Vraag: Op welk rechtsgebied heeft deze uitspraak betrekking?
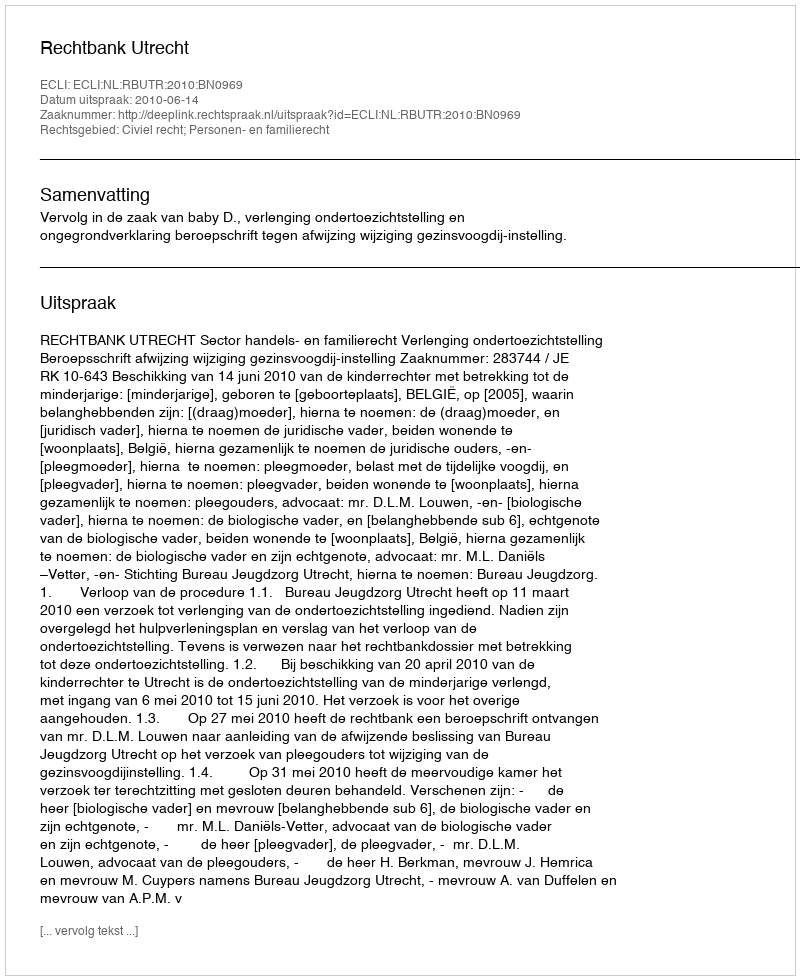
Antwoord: Civiel recht; Personen- en familierecht